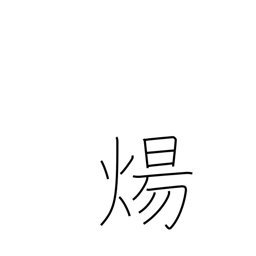
Meaning: burn